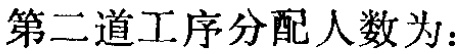
第二道工序分配人数为：